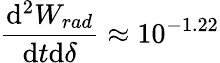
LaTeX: \frac{\mathrm{d}^{2}W_{rad}}{\mathrm{d}t\mathrm{d}\delta}\approx 10^{-1.22}